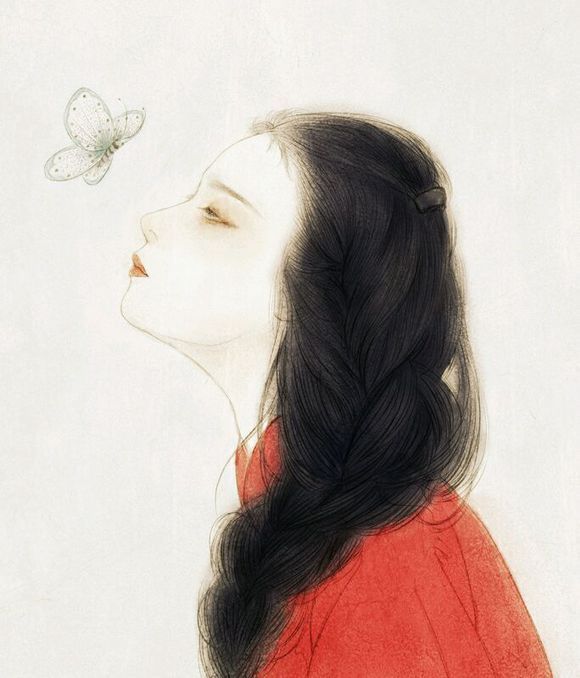
风里落花谁是主？思悠悠。